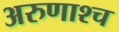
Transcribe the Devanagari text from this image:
अरुणाश्‍च